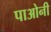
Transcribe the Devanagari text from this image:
पाओनी